Annual administration report of the Bombay Presidency - 1887-1892
Year: 1887
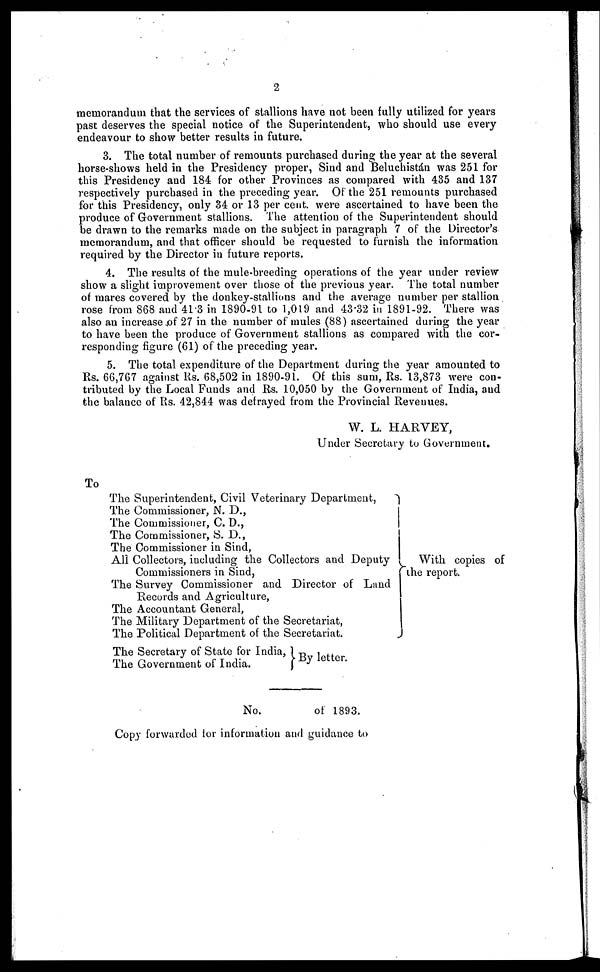
2
memorandum that the services of stallions have not been fully utilized for years
past deserves the special notice of the Superintendent, who should use every
endeavour to show better results in future.
3. The total number of remounts purchased during the year at the several
horse-shows held in the Presidency proper, Sind and Beluehistán was 251 for
this Presidency and 184 for other Provinces as compared with 435 and 137
respectively purchased in the preceding year. Of the 251 remounts purchased
for this Presidency, only 34 or 13 per cent. were ascertained to have been the
produce of Government stallions. The attention of the Superintendent should
be drawn to the remarks made on the subject in paragraph 7 of the Director's
memorandum, and that officer should be requested to furnish the information
required by the Director in future reports.
4. The results of the mule-breeding operations of the year under review
show a slight improvement over those of the previous year. The total number
of mares covered by the donkey-stallions and the average number per stallion
rose from 868 and 413 in 1890-91 to 1,019 and 43.32 in 1891-92. There was
also an increase of 27 in the number of mules (88) ascertained during the year
to have been the produce of Government stallions as compared with the cor-
responding figure (61) of the preceding year.
5. The total expenditure of the Department during the year amounted to
Rs. 66,767 against Rs. 68,502 in 1890-91. Of this sum, Rs. 13,873 were con-
tributed by the Local Funds and Rs. 10,050 by the Government of India, and
the balance of Rs. 42,844 was defrayed from the Provincial Revenues.
W. L. HARVEY,
Under Secretary to Government.
To
The Superintendent, Civil Veterinary Department,
The Commissioner, N. D.,
The Commissioner, C. D.,
The Commissioner, S. D.,
The Commissioner in Sind,
All Collectors, including the Collectors and Deputy
Commissioners in Sind,
The Survey Commissioner and Director of Land
Records and Agriculture,
The Accountant General,
The Military Department of the Secretariat,
The Political Department of the Secretariat.
The Secretary of State for India,
The Government of India.
By letter.
With copies of
the report.
No.
of 1893.
Copy forwarded lor information and guidance to